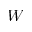
W